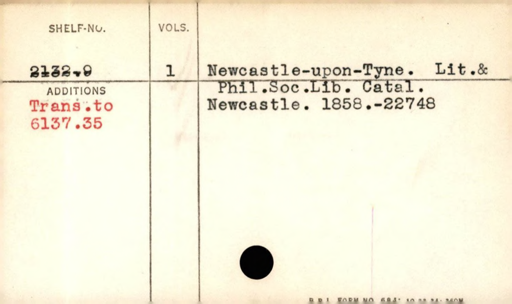
Label: divider